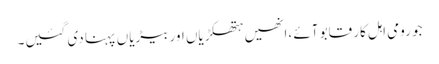
جو رومی اہل کار قابو آئے ،انھیں ہتھکڑیاں اور بیڑیاں پہنا دی گئیں۔